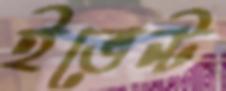
ইভেন্ট